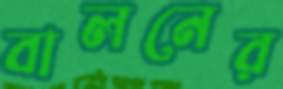
বালনের